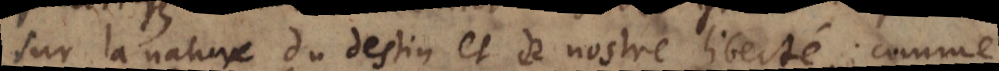
sur la nature du destin et de nostre liberté; comme